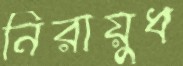
নিরায়ুধ